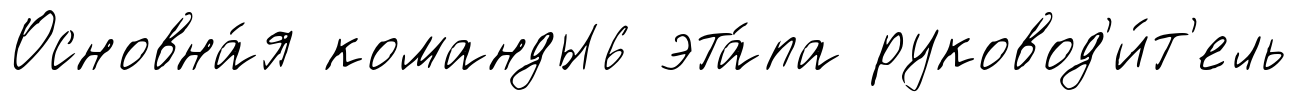
Основна́я команды6 эта́па руковод'и́т'ель